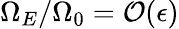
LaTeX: \Omega_{E}/\Omega_{0}={\cal O}(\epsilon)